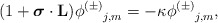
\begin{align*}(1+{{\mbox{\boldmath $ \sigma$}}\cdot{\bf L}}){{\phi^{(\pm)}}_{j,m}}= -\kappa{{\phi^{(\pm)}}_{j,m}},\end{align*}